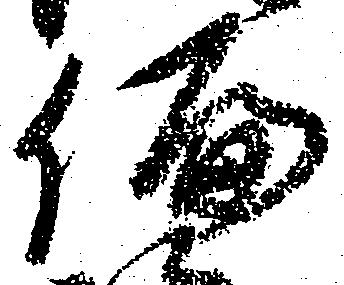
偏